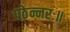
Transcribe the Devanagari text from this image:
पठेन्नरः॥